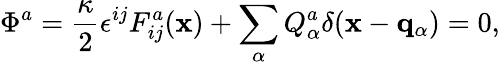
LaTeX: \Phi^{a}={\frac{\kappa}{2}}\epsilon^{ij}F_{ij}^{a}({\mathbf x})+\sum_{\alpha}Q_{\alpha}^{a}\delta({\mathbf x}-{\mathbf q}_{\alpha})=0,